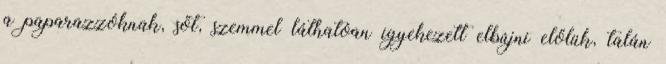
a paparazzóknak, sőt, szemmel láthatóan igyekezett elbújni előlük, talán